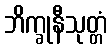
ဘိက္ခုနီသုတ္တံ